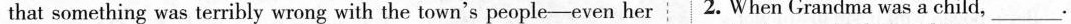
that something was terribly wrong with the town's people-even 2.when Grandma was a child，___.